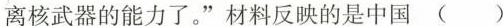
离核武器的能力了。”材料反映的是中国（ ）